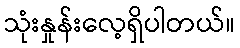
သုံးနှုန်းလေ့ရှိပါတယ်။